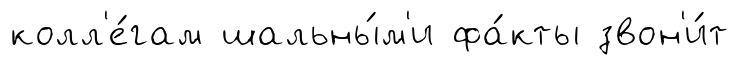
колл'е́гам шальны́м'и фа́кты звон'и́т